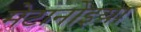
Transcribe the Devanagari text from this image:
मेटानोइया